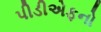
પીડીએફનો